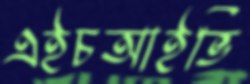
এইচআইভি